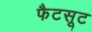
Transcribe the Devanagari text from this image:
फैटसूट